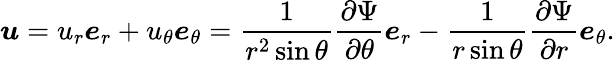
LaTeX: {\boldsymbol{u}}=u_{r}{\boldsymbol{e}}_{r}+u_{\theta}{\boldsymbol{e}}_{\theta}={\frac{1}{r^{2}\sin\theta}}{\frac{\partial\Psi}{\partial\theta}}{\boldsymbol{e}}_{r}-{\frac{1}{r\sin\theta}}{\frac{\partial\Psi}{\partial r}}{\boldsymbol{e}}_{\theta}.